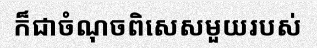
ក៏ជាចំណុចពិសេសមួយរបស់